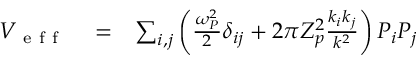
\begin{array} { r l r } { V _ { \mathrm { ~ e ~ f ~ f ~ } } } & { { } = } & { \sum _ { i , j } \left( \frac { \omega _ { P } ^ { 2 } } { 2 } \delta _ { i j } + 2 \pi Z _ { p } ^ { 2 } \frac { k _ { i } k _ { j } } { k ^ { 2 } } \right) P _ { i } P _ { j } } \end{array}